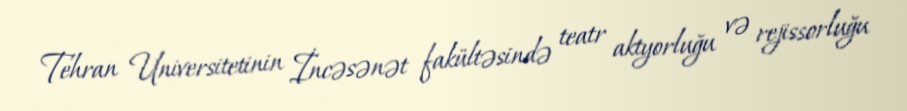
Tehran Universitetinin İncəsənət fakültəsində teatr aktyorluğu və rejissorluğu